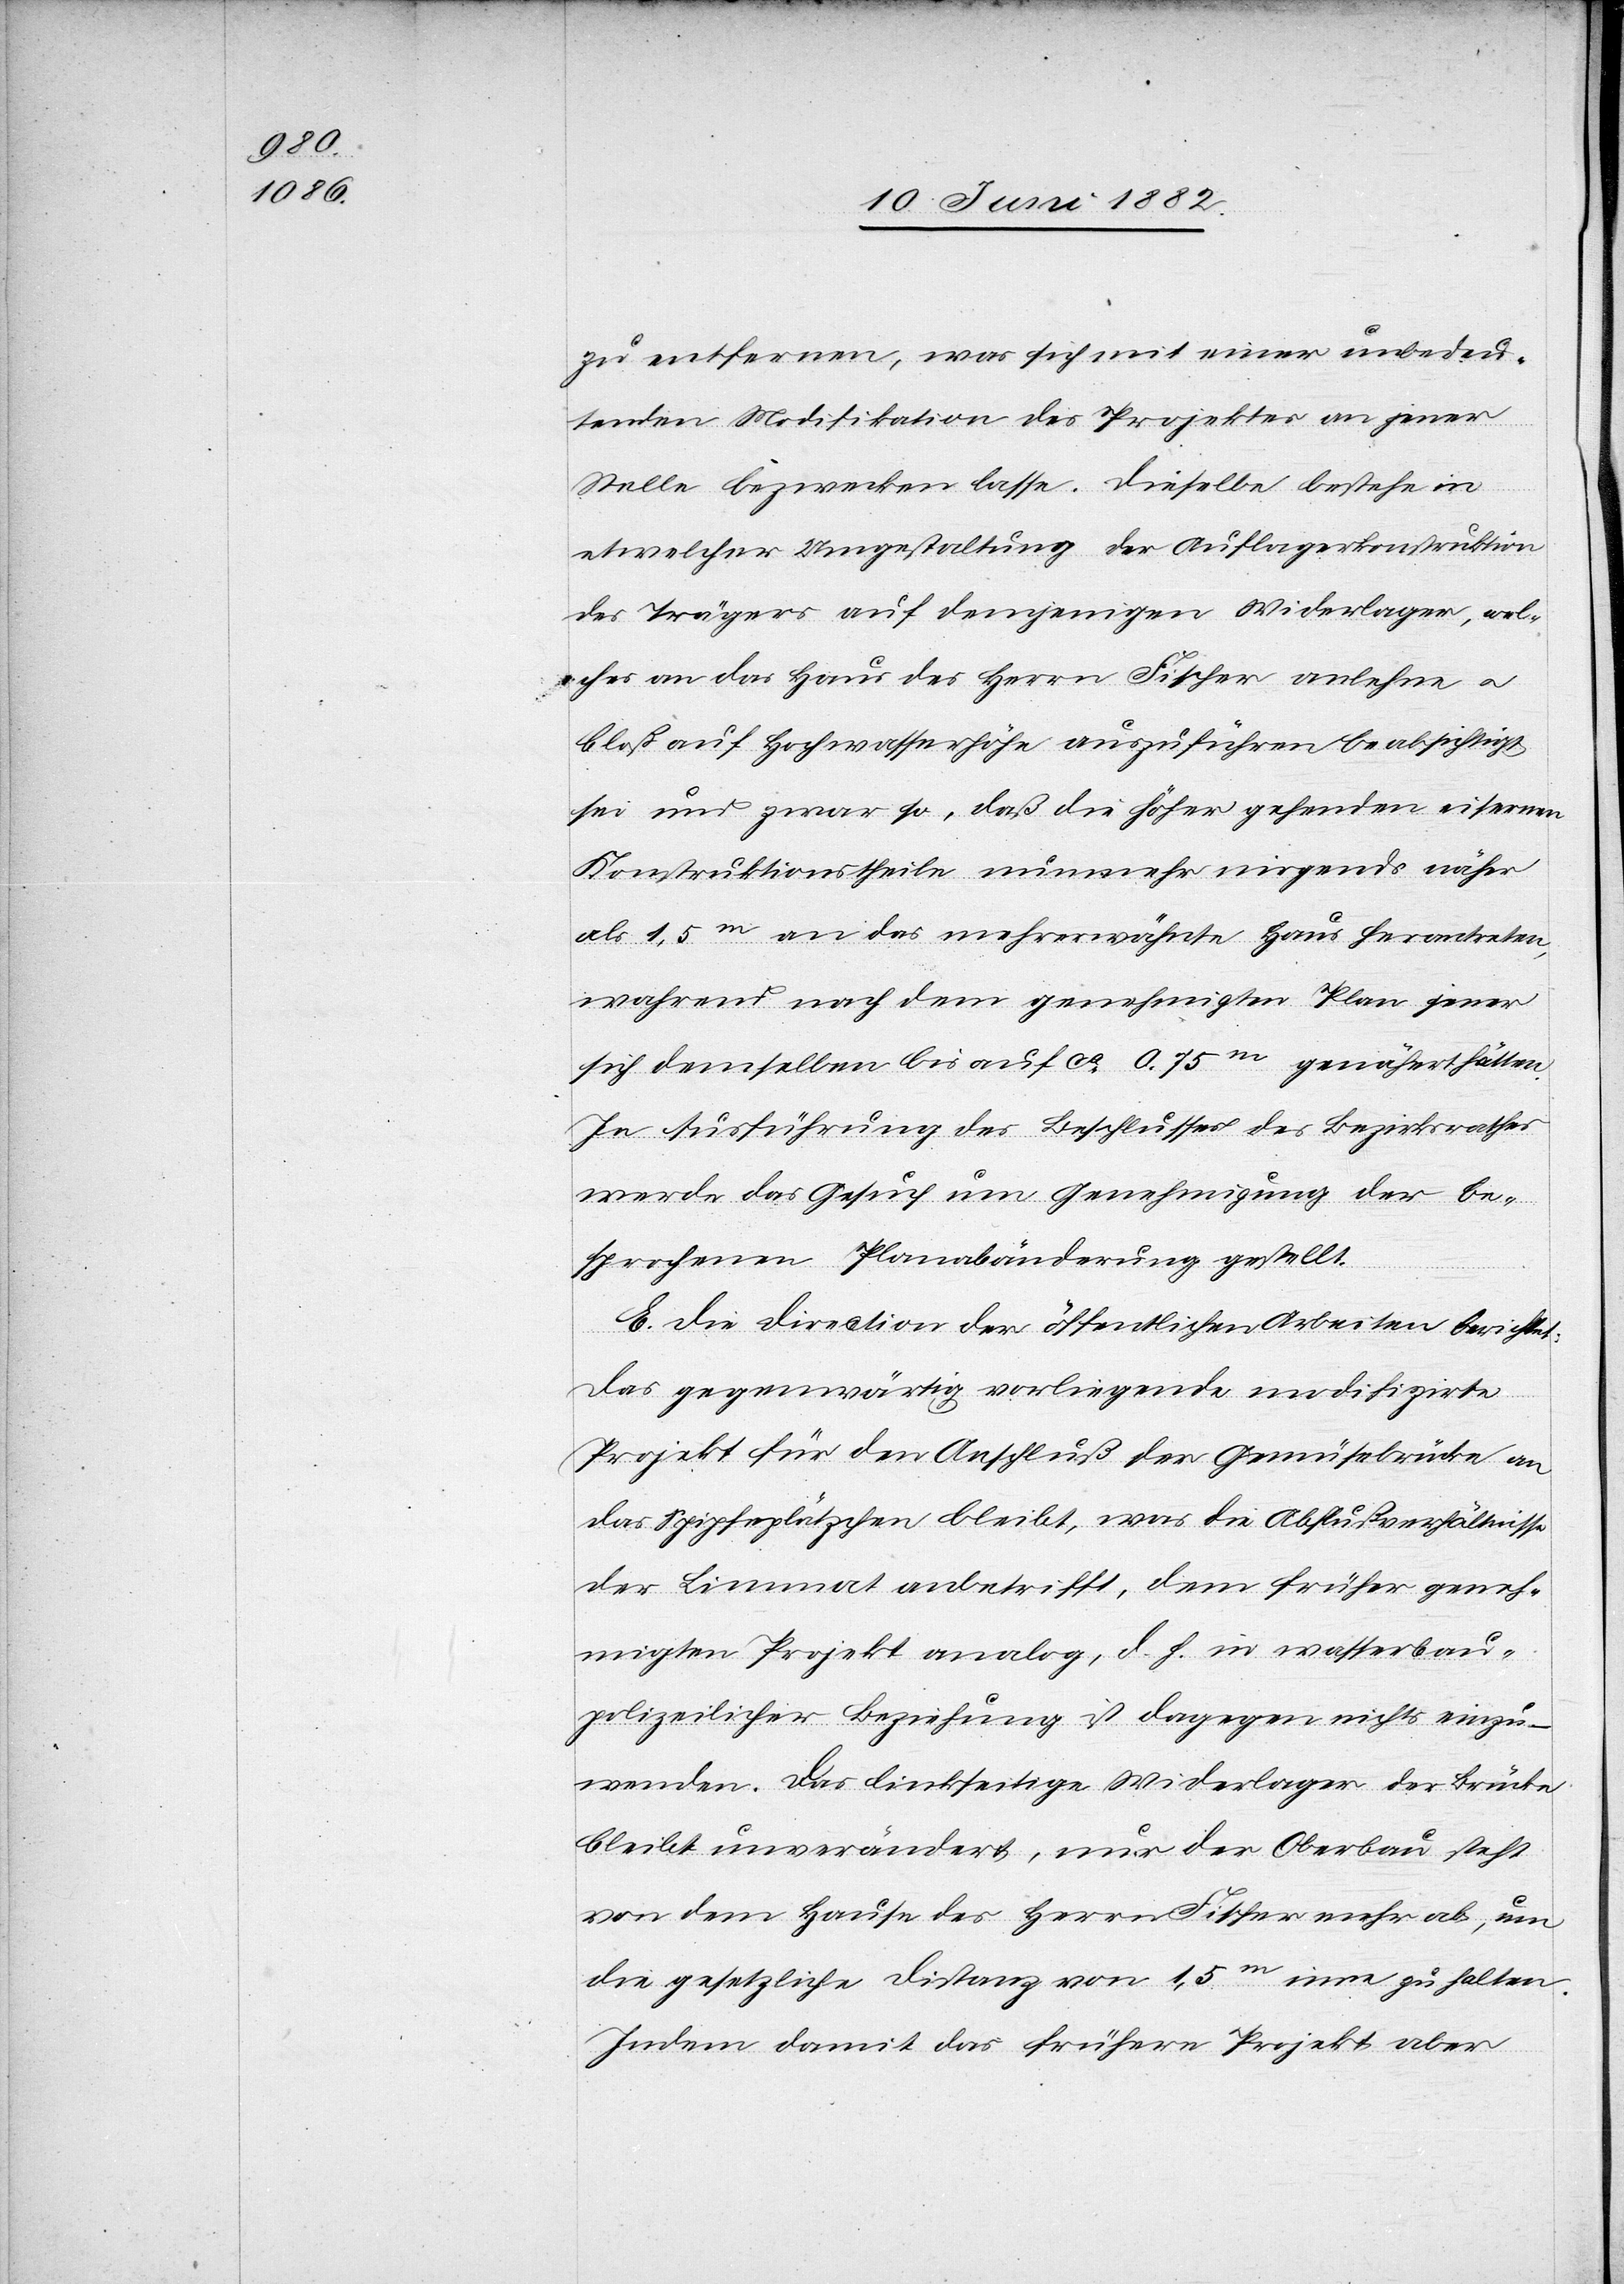
zu entfernen, was sich mit einer unbedeu¬
tenden Modifikation des Projektes an jener
Stelle bezwecken lasse. Dieselbe bestehe in
etwelcher Umgestaltung der Auflagerkonstruktion
des Trägers auf demjenigen Widerlager, wel¬
ches an das Haus des Herrn Fischen anlehne u.
bloß auf Hochwasserhöhe auszuführen beabsichtigt
sei und zwar so, daß die höher gehenden eisernen
Konstruktionstheile nunmehr nirgends näher
als 1,5m an das mehrerwähnte Haus herantreten,
während nach dem genehmigten Plan jener
sich demselben bis auf ca 0.75m genähert hätten
In Ausführung des Beschlusses des Bezirksrathes
werde das Gesuch um Genehmigung der be¬
sprochenen Planabänderung gestellt.
E. Die Direction der öffentlichen Arbeiten berichtet:
Das gegenwärtig vorliegende modifizirte
Projekt für den Anschluß der Gemüsebrücke an
Schipfenplätzchen] bleibt, was die Abflußverhältnisse
der Limmat anbetrifft, dem früher geneh¬
migten Projekt analog, d. h. in wasserbau¬
polizeilicher Beziehung ist dagegen nichts einzu¬
wenden. Das linkseitige Widerlager der Brücke
bleibt unverändert, nur der Oberbau steht
von dem Hause des Herrn Fischer mehr ab, um
die gesetzliche Distanz von 1,5m inne zu halten.
Indem damit das frühere Projekt aber